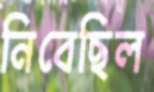
নিবেছিল